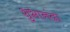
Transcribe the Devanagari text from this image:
शुभानंदा